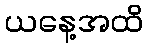
ယနေ့အထိ